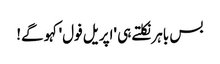
بس باہر نکلتے ہی 'اپریل فول' کہو گے!